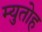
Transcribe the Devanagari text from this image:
म्युतोह